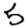
Digit: 5